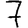
Digit: 7